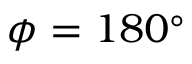
\phi = 1 8 0 ^ { \circ }